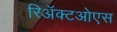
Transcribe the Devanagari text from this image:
रिअॅक्टओएस